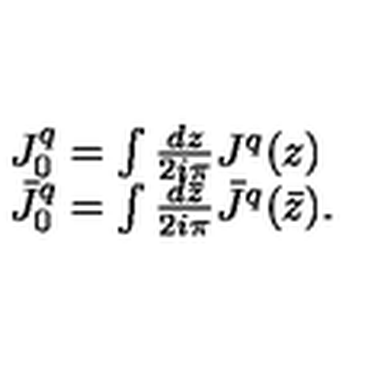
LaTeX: \begin{array} { l c r } { J _ { 0 } ^ { q } = \int { \frac { d z } { 2 i \pi } } J ^ { q } ( z ) } \\ { \bar { J } _ { 0 } ^ { q } = \int { \frac { d { \bar { z } } } { 2 i \pi } } { \bar { J } } ^ { q } ( \bar { z } ) . } \\ \end{array}